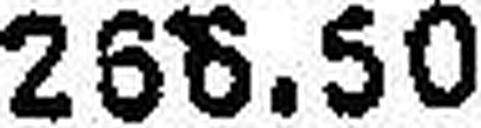
266.50